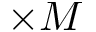
\times M